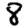
Digit: 8